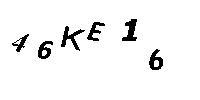
46KE16